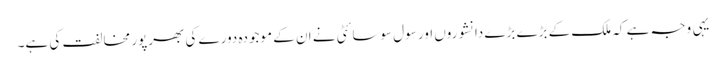
یہی وجہ ہے کہ ملک کے بڑے بڑے دانشوروں اور سول سوسائٹی نے ان کے موجودہ دورے کی بھرپور مخالفت کی ہے۔